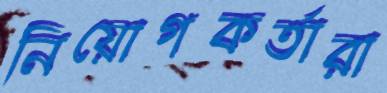
নিয়োগকর্তারা